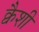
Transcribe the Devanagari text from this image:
क्वैशी